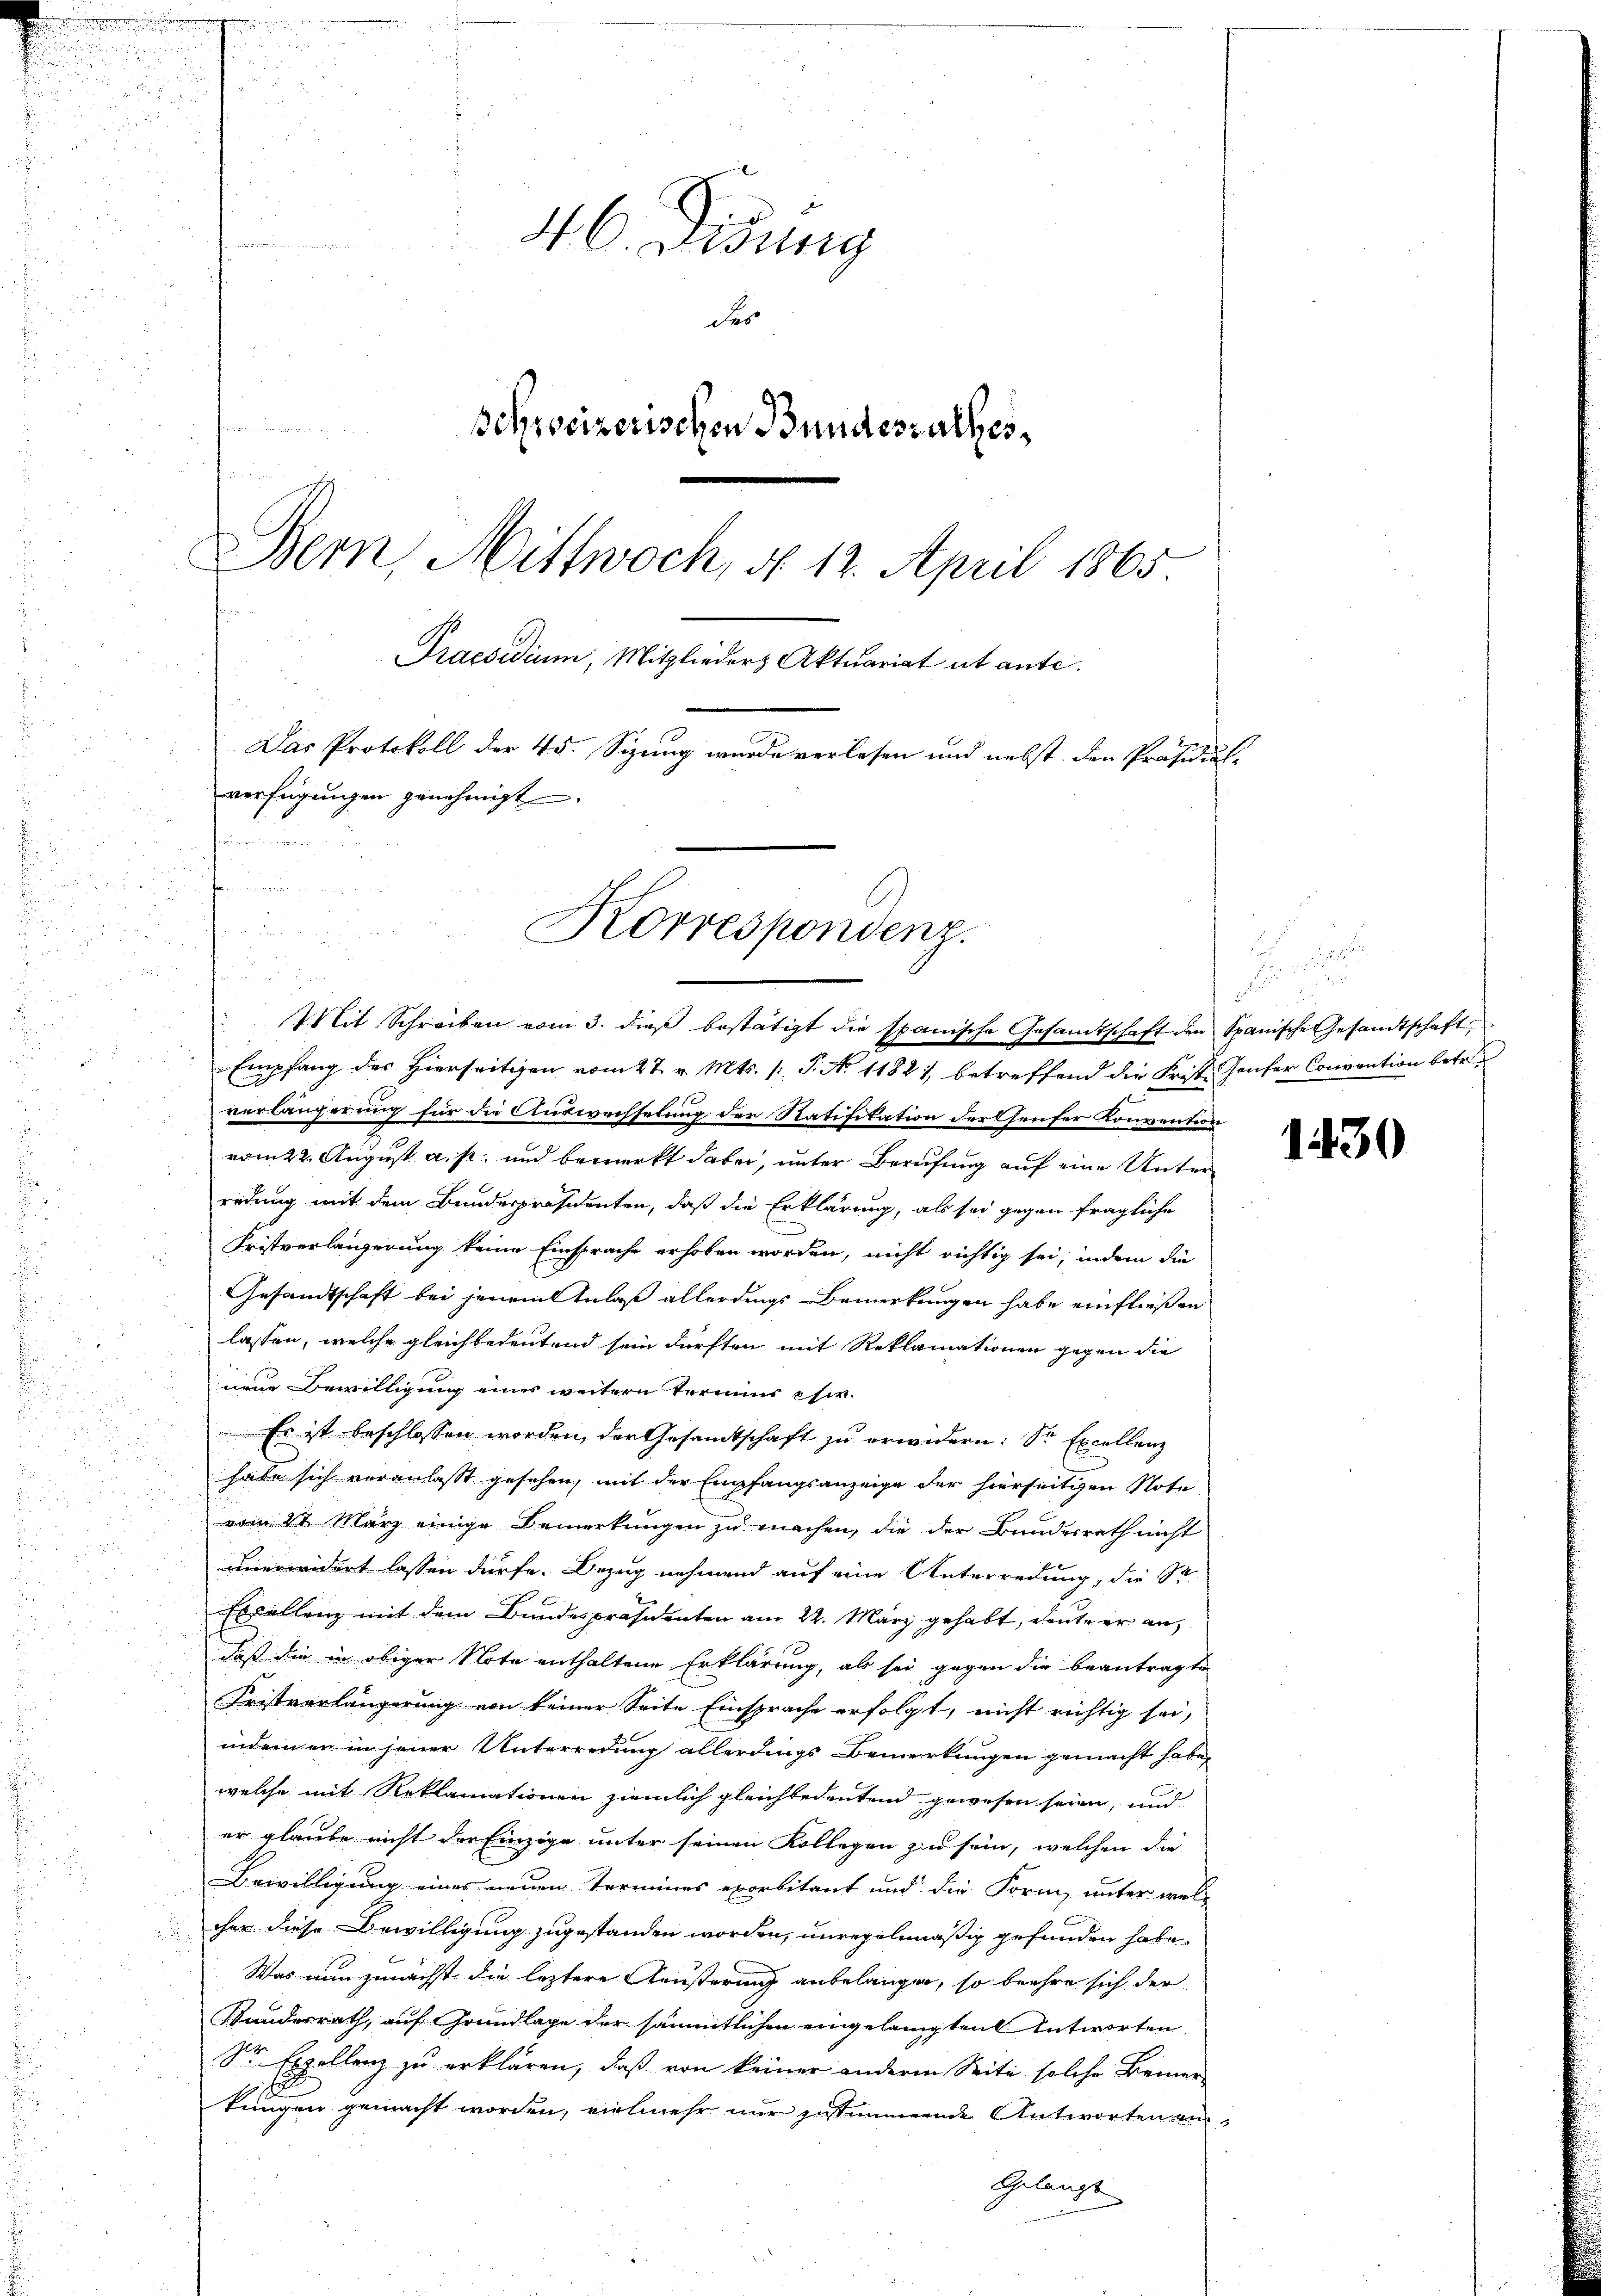
46. Didung
des
Schweizerischen Bundesrathes,
e
Bern Mittwoch, d. 12. April 1865.
Praesidium, Mitglieder Aktuariat ut ante.
Das Protokoll der 45. Sizung wurde verlesen und nebst den Präsidial-
verfügungen genehmigt.
l

 Adamen weite, als er
2

Korrespondenz.
.
2

a

Mit Schreiben vom 3. dieβ bestätigt die spanische Gesandtschaft den Spanische Gesandtschaft
verlängerung für die Auswechselung der Ratifikation der Genfer Konvention
a
vom 22. August a. p. und bemerkt dabei, unter Berufung auf eine Unterredung mit dem Bundespräsidenten, daß die Erklärung, als sei gegen fragliche
Fristverlängerung keine Einsprache erhoben worden, nicht richtig sei, indem die
Gesandtschaft bei jenem Anlaß allerdings Bemerkungen habe einfließen
lassen, welche gleichbedeutend sein dürften mit Reklamationen gegen die
nene Bewilligung eines weitern Termins chir.
Es ist beschlossen worden, der Gesamtschaft zŭ erwidern: Sr Excellenz
habe sich veranlaßt gesehen, mit der Empfangsanzeige der hierseitigen Note
vom 2t März einige Bemerkungen zu machen, die der Bundesrath nicht
unerwidert lassen dürfe. Bezug nehmend auf eine Unterredung, die St
Excellenz mit dem Bundespräsidenten am 22. März gehabt, deute er an
daß die in obiger Note enthaltene Erklärung, als sei gegen die beantragte
Fristverlängerung von keiner Seite Einsprache erfolgt, nicht richtig sei,
indem er in jener Unterredung allerdings Bemerkungen gemacht habe,
welche mit Reklamationen ziemlich gleichbedeutend gewesen seien, und
er glaube nicht der Einzige unter seinen Kollegen zu sein, welchen die
Bewilligung eines neuen Termines exorbitant und die Form, unter vielcher diese Bewilligung zugestanden worden, unregelmäßig gefunden habe.
Was nun zunächst die leztere Aeußerung anbelangen, so beehre sich der
Bundesrath, auf Grundlage der sämmtlichen eingelangten Antworten
Sr Exzellenz zu erklären, daß von keiner anderen Seite solche Bemer-
tungen gemacht worden, vielmehr nur zustimmende Antworten an
Gelangt

Empfang des Hierseitigen vom 27. v. Mts. 1 S. No 11821, betreffend die Frist- Genfer Convention betr.

1430